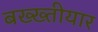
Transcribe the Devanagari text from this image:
बख्ख्तीयार